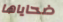
ضحاياها